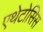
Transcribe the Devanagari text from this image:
एथेटोसिस